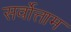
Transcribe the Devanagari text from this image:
सर्वोत्ताम